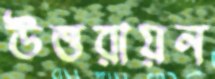
উত্তরায়ন